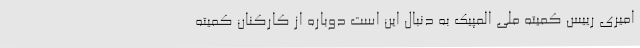
امیری رییس کمیته ملی المپیک به دنبال این است دوباره از کارکنان کمیته